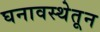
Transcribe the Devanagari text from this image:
घनावस्थेतून